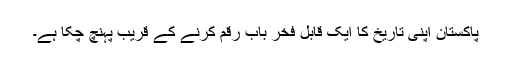
پاکستان اپنی تاریخ کا ایک قابل فخر باب رقم کرنے کے قریب پہنچ چکا ہے۔